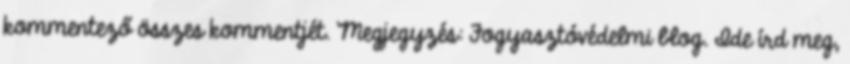
kommentező összes kommentjét. Megjegyzés: Fogyasztóvédelmi blog. Ide írd meg,